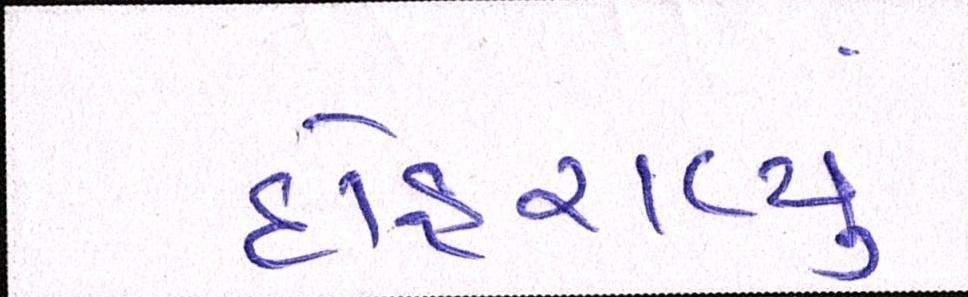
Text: દોહરાવ્યું